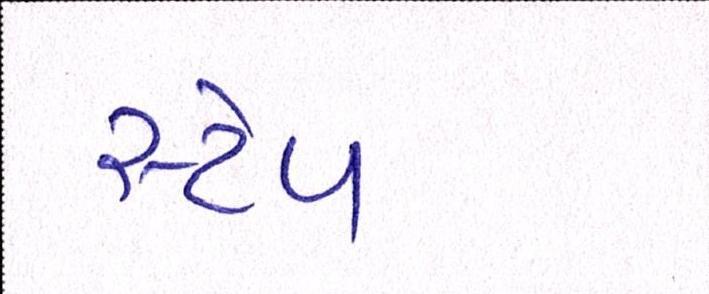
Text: સ્ટેપ